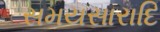
સમયસારાદિ